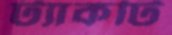
ট্যাকটি